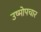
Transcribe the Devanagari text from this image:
उष्मोपचार